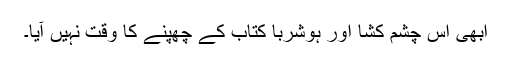
ابھی اس چشم کشا اور ہوشربا کتاب کے چھپنے کا وقت نہیں آیا۔